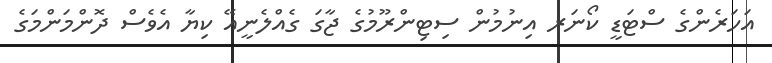
އަހަރެންގެ ސްޓަޑީ ކޯނަރ އިނުމުން ސިޓިންރޫމުގެ ޖާގަ ގެއްލެނީއޭ ކިޔާ އެވެސް ދޮންމަންމަގެ